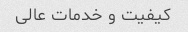
کیفیت و خدمات عالی